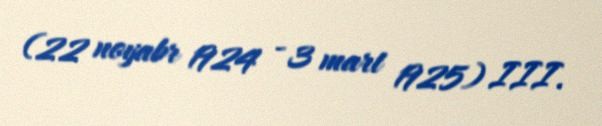
(22 noyabr 1924 - 3 mart 1925) III.